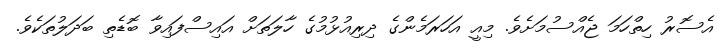
އެސޮރު ހިތްހަމަ ޖެއްސުމަށެވެ. މިއީ އަހަރަމެންގެ ދިރިއުޅުމުގެ ހާލަތަށް އައިސްފައިވާ ބޮޑެތި ބަދަލުތަކެވެ.